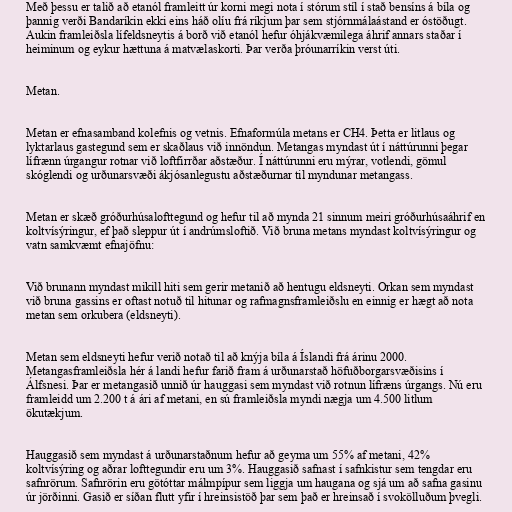
Með þessu er talið að etanól framleitt úr korni megi nota í stórum stíl í stað bensíns á bíla og
þannig verði Bandaríkin ekki eins háð olíu frá ríkjum þar sem stjórnmálaástand er óstöðugt.
Aukin framleiðsla lífeldsneytis á borð við etanól hefur óhjákvæmilega áhrif annars staðar í
heiminum og eykur hættuna á matvælaskorti. Þar verða þróunarríkin verst úti.

Metan.

Metan er efnasamband kolefnis og vetnis. Efnaformúla metans er CH4. Þetta er litlaus og
lyktarlaus gastegund sem er skaðlaus við innöndun. Metangas myndast út í náttúrunni þegar
lífrænn úrgangur rotnar við loftfirrðar aðstæður. Í náttúrunni eru mýrar, votlendi, gömul
skóglendi og urðunarsvæði ákjósanlegustu aðstæðurnar til myndunar metangass.

Metan er skæð gróðurhúsalofttegund og hefur til að mynda 21 sinnum meiri gróðurhúsaáhrif en
koltvísýringur, ef það sleppur út í andrúmsloftið. Við bruna metans myndast koltvísýringur og
vatn samkvæmt efnajöfnu:

Við brunann myndast mikill hiti sem gerir metanið að hentugu eldsneyti. Orkan sem myndast
við bruna gassins er oftast notuð til hitunar og rafmagnsframleiðslu en einnig er hægt að nota
metan sem orkubera (eldsneyti).

Metan sem eldsneyti hefur verið notað til að knýja bíla á Íslandi frá árinu 2000.
Metangasframleiðsla hér á landi hefur farið fram á urðunarstað höfuðborgarsvæðisins í
Álfsnesi. Þar er metangasið unnið úr hauggasi sem myndast við rotnun lífræns úrgangs. Nú eru
framleidd um 2.200 t á ári af metani, en sú framleiðsla myndi nægja um 4.500 litlum
ökutækjum.

Hauggasið sem myndast á urðunarstaðnum hefur að geyma um 55% af metani, 42%
koltvísýring og aðrar lofttegundir eru um 3%. Hauggasið safnast í safnkistur sem tengdar eru
safnrörum. Safnrörin eru götóttar málmpípur sem liggja um haugana og sjá um að safna gasinu
úr jörðinni. Gasið er síðan flutt yfir í hreinsistöð þar sem það er hreinsað í svokölluðum þvegli.